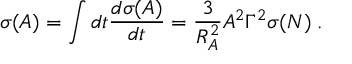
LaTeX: \sigma ( A ) = \int d t \frac { d \sigma ( A ) } { d t } = \frac { 3 } { R _ { A } ^ { 2 } } A ^ { 2 } \Gamma ^ { 2 } \sigma ( N ) \; .